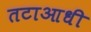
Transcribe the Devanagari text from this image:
तटाआधी